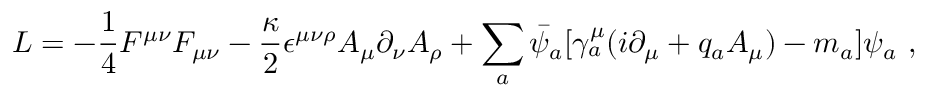
{ \cal L } = - \frac { 1 } { 4 } F ^ { \mu \nu } F _ { \mu \nu } - \frac { \kappa } { 2 } \epsilon ^ { \mu \nu \rho } A _ { \mu } \partial _ { \nu } A _ { \rho } + \sum _ { a } \bar { \psi } _ { a } [ \gamma _ { a } ^ { \mu } ( i \partial _ { \mu } + q _ { a } A _ { \mu } ) - m _ { a } ] \psi _ { a } \, \, ,